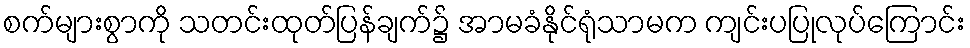
စက်များစွာကို သတင်းထုတ်ပြန်ချက်၌ အာမခံနိုင်ရုံသာမက ကျင်းပပြုလုပ်ကြောင်း